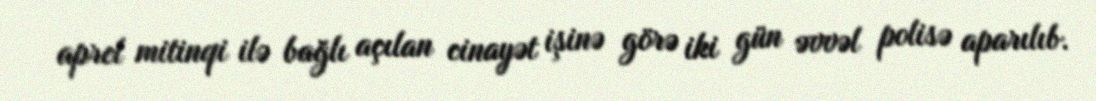
aprel mitinqi ilə bağlı açılan cinayət işinə görə iki gün əvvəl polisə aparılıb.